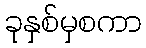
ခုနှစ်မှစကာ